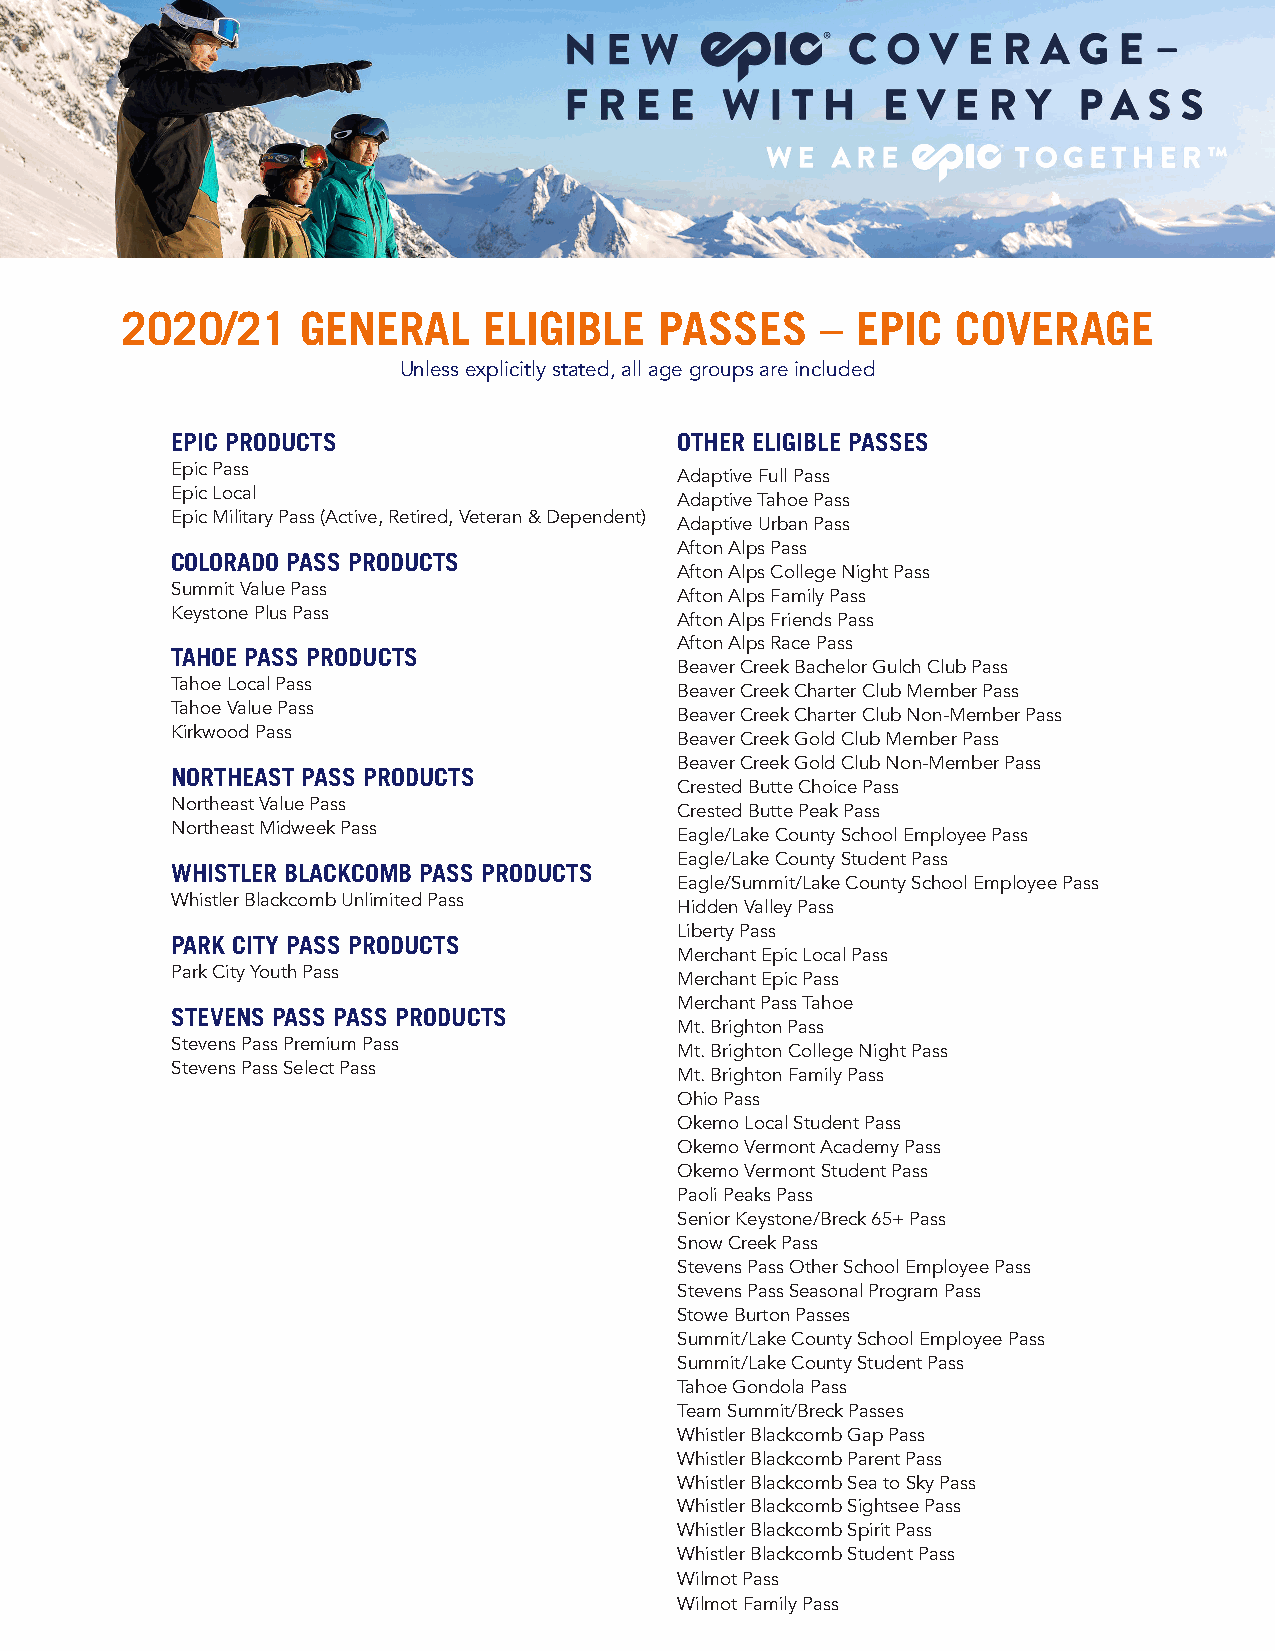
2020/21     GENERAL     ELIGIBLE    PASSES    –  EPIC  COVERAGE
 Unless explicitly stated, all age groups are included
 EPIC PRODUCTS                     OTHER ELIGIBLE PASSES
 Epic Pass
 Adaptive Full Pass
 Epic Local
 Adaptive Tahoe Pass
 Epic Military Pass (Active, Retired, Veteran & Dependent)
 Adaptive Urban Pass
 Afton Alps Pass
 COLORADO PASS PRODUCTS
 Afton Alps College Night Pass
 Summit Value Pass
 Afton Alps Family Pass
 Keystone Plus Pass
 Afton Alps Friends Pass
 Afton Alps Race Pass
 TAHOE PASS PRODUCTS
 Beaver Creek Bachelor Gulch Club Pass
 Tahoe Local Pass
 Beaver Creek Charter Club Member Pass
 Tahoe Value Pass
 Beaver Creek Charter Club Non-Member Pass
 Kirkwood Pass
 Beaver Creek Gold Club Member Pass
 Beaver Creek Gold Club Non-Member Pass
 NORTHEAST PASS PRODUCTS
 Crested Butte Choice Pass
 Northeast Value Pass
 Crested Butte Peak Pass
 Northeast Midweek Pass
 Eagle/Lake County School Employee Pass
 Eagle/Lake County Student Pass
 WHISTLER BLACKCOMB PASS PRODUCTS
 Eagle/Summit/Lake County School Employee Pass
 Whistler Blackcomb Unlimited Pass
 Hidden Valley Pass
 Liberty Pass
 PARK CITY PASS PRODUCTS
 Merchant Epic Local Pass
 Park City Youth Pass
 Merchant Epic Pass
 Merchant Pass Tahoe
 STEVENS PASS PASS PRODUCTS
 Mt. Brighton Pass
 Stevens Pass Premium Pass
 Mt. Brighton College Night Pass
 Stevens Pass Select Pass
 Mt. Brighton Family Pass
 Ohio Pass
 Okemo Local Student Pass
 Okemo Vermont Academy Pass
 Okemo Vermont Student Pass
 Paoli Peaks Pass
 Senior Keystone/Breck 65+ Pass
 Snow Creek Pass
 Stevens Pass Other School Employee Pass
 Stevens Pass Seasonal Program Pass
 Stowe Burton Passes
 Summit/Lake County School Employee Pass
 Summit/Lake County Student Pass
 Tahoe Gondola Pass
 Team Summit/Breck Passes
 Whistler Blackcomb Gap Pass
 Whistler Blackcomb Parent Pass
 Whistler Blackcomb Sea to Sky Pass
 Whistler Blackcomb Sightsee Pass
 Whistler Blackcomb Spirit Pass
 Whistler Blackcomb Student Pass
 Wilmot Pass
 Wilmot Family Pass